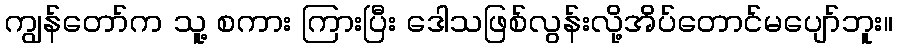
ကျွန်တော်က သူ့ စကား ကြားပြီး ဒေါသဖြစ်လွန်းလို့အိပ်တောင်မပျော်ဘူး။